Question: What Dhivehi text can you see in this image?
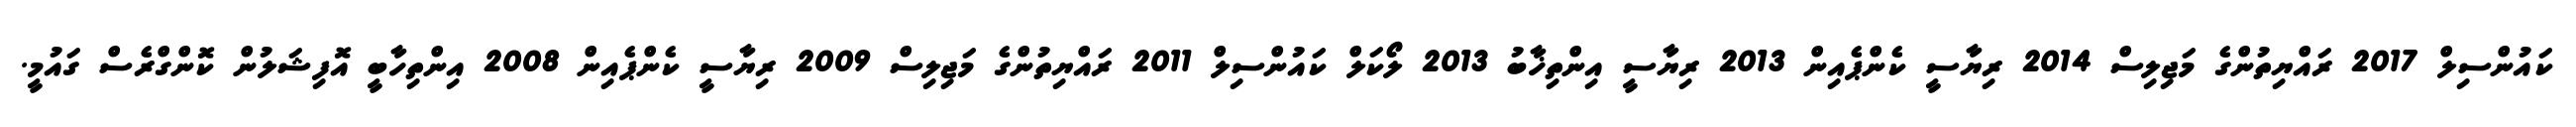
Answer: ކައުންސިލް 2017 ރައްޔިތުންގެ މަޖިލިސް 2014 ރިޔާސީ ކެންޕެއިން 2013 ރިޔާސީ އިންތިޚާބު 2013 ލޯކަލް ކައުންސިލް 2011 ރައްޔިތުންގެ މަޖިލިސް 2009 ރިޔާސީ ކެންޕެއިން 2008 އިންތިހާބީ އޮފިޝަލުން ކޮންގްރެސް ގައުމީ.